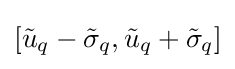
[{\tilde {u}}_{q}-{\tilde {\sigma }}_{q},{\tilde {u}}_{q}+{\tilde {\sigma }}_{q}]